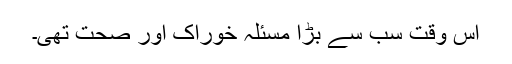
اس وقت سب سے بڑا مسئلہ خوراک اور صحت تھی۔